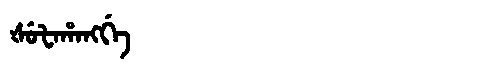
Manchu: ᡧᡠᡶᠠᡥᠠᠩᡤᡝ
Romanization: ŠUFAHANGGE